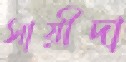
সায়ীদা